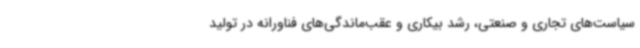
سیاست‌های تجاری و صنعتی، رشد بیکاری و عقب‌ماندگی‌های فناورانه در تولید